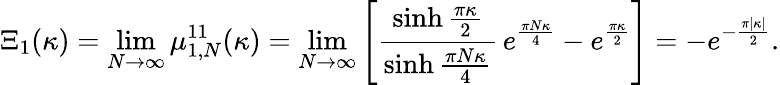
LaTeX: \Xi_{1}(\kappa)=\operatorname*{lim}_{N\to\infty}\mu_{1,N}^{11}(\kappa)=\operatorname*{lim}_{N\to\infty}\left[\frac{\sinh\frac{\pi\kappa}{2}}{\sinh\frac{\pi N\kappa}{4}}\, e^{\frac{\pi N\kappa}{4}}-e^{\frac{\pi\kappa}{2}}\right]=-e^{-\frac{\pi|\kappa|}{2}}.